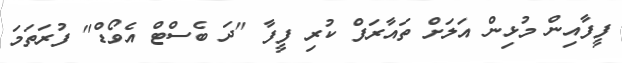
ފީފާއިން މުޅިން އަލަށް ތައާރަފް ކުރި ފީފާ "ދަ ބެސްޓް އެވޯޑް" ފުރަތަމަ